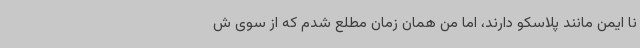
نا ایمن مانند پلاسکو دارند، اما من همان زمان مطلع شدم که از سوی ش